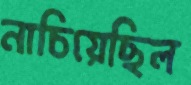
নাচিয়েছিল